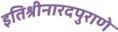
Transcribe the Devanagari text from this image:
इतिश्रीनारदपुराणे